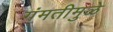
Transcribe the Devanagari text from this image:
गंमतीमुळे